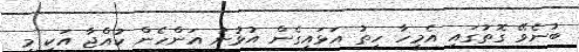
ބުނެވޭ ގޮތުގައި އެމީހާ ހިތު އަޅައިގެން އުޅުނު އަންހެން ކުއްޖާ އަކީ މި